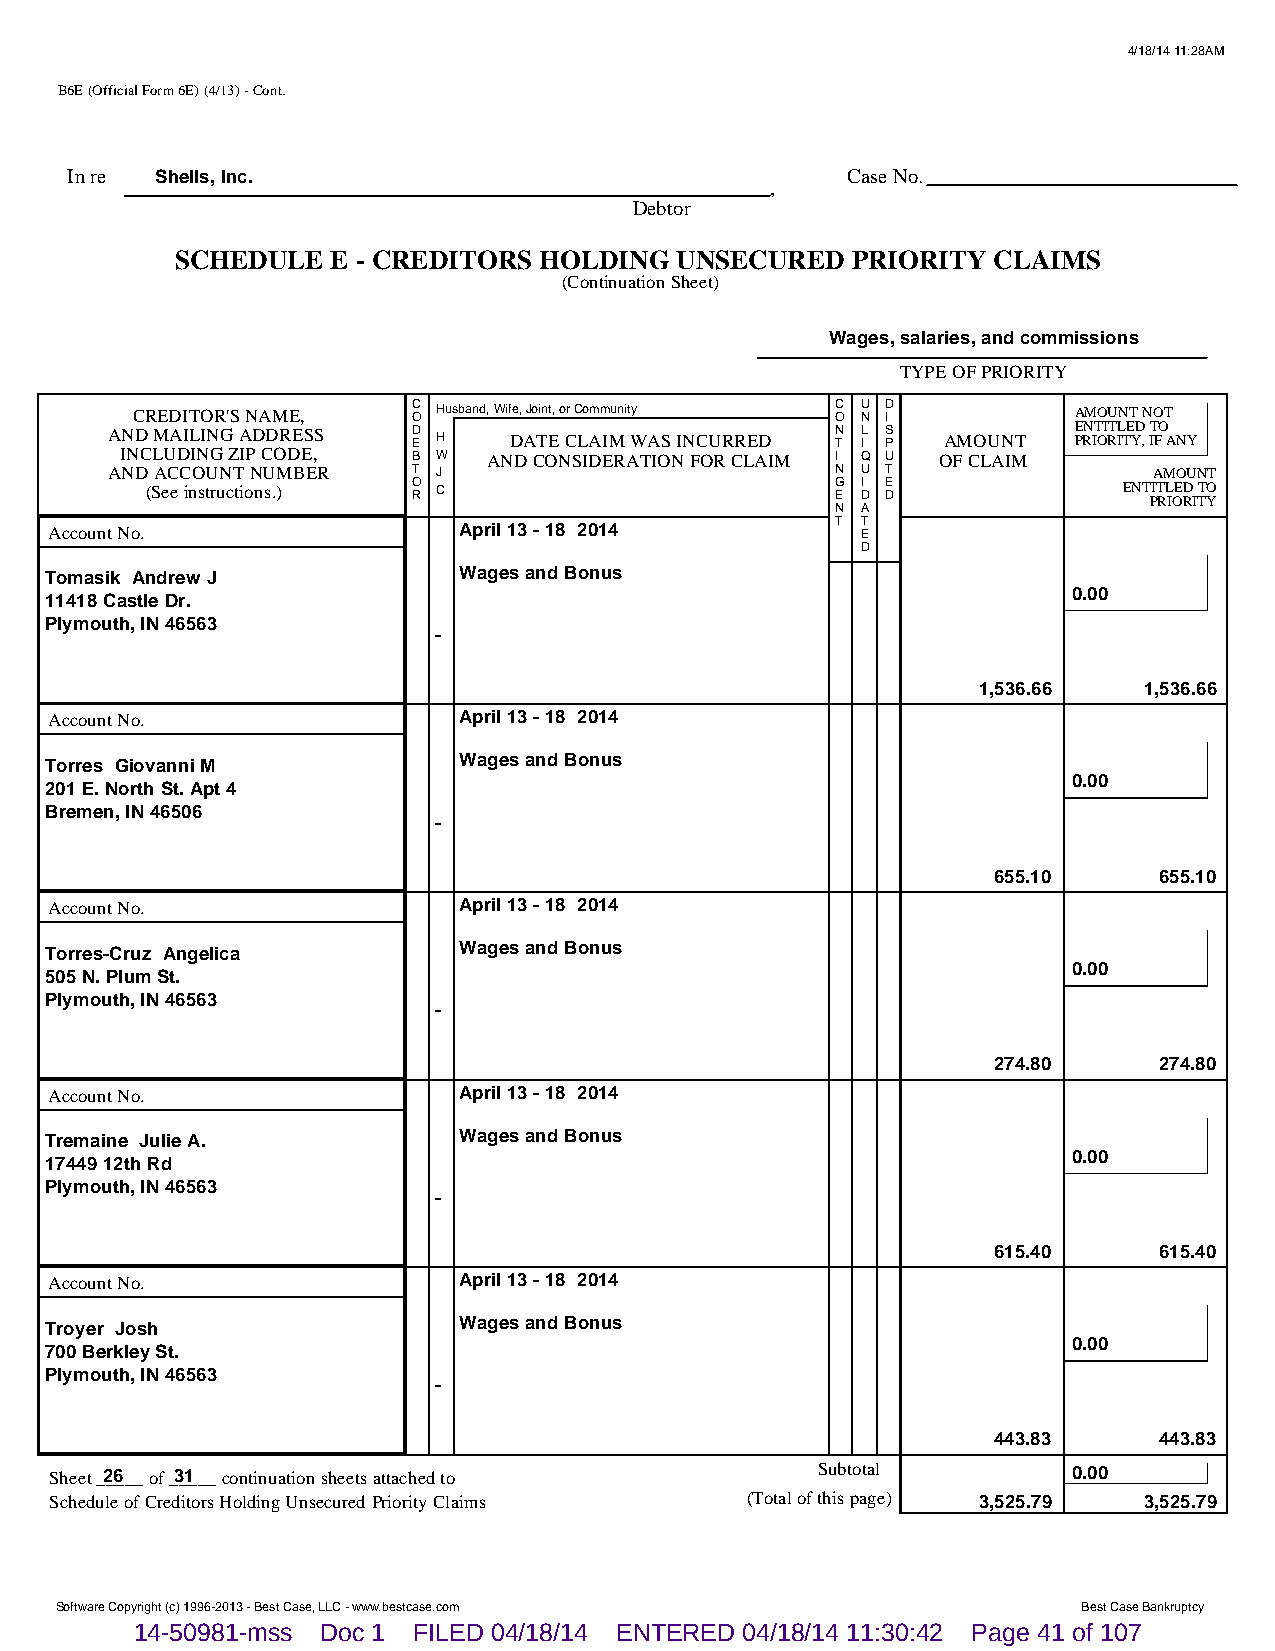
4/18/14 11:28AM
 B6E (Official Form 6E) (4/13) - Cont.
 In re Shells, Inc.                                  Case No.
 ,
 Debtor
 SCHEDULE  E - CREDITORS HOLDING  UNSECURED  PRIORITY  CLAIMS
 (Continuation Sheet)
 Wages, salaries, and commissions
 TYPE OF PRIORITY
 CREDITOR'S NAME,  C O Husband, Wife, Joint, or Community C O U N D I AMOUNT NOT
 AND MAILING ADDRESS D E H  DATE CLAIM WAS INCURRED N T L I S P AMOUNT E PRN IT OI RT IL TE YD , IT FO ANY
 INCLUDING ZIP CODE, B W AND CONSIDERATION FOR CLAIM I Q U OF CLAIM
 AND ACCOUNT NUMBER  T J                         N U T                AMOUNT
 (See instructions.) O R C                    G E I D E D        ENT PIT RL IOE RD I TT YO
 N A
 Account No.                April 13 - 18 2014       T T E
 D
 Tomasik Andrew J           Wages and Bonus
 0.00
 11418 Castle Dr.
 Plymouth, IN 46563
 -
 1,536.66   1,536.66
 Account No.                April 13 - 18 2014
 Torres Giovanni M          Wages and Bonus
 0.00
 201 E. North St. Apt 4
 Bremen, IN 46506
 -
 655.10     655.10
 Account No.                April 13 - 18 2014
 Torres-Cruz Angelica       Wages and Bonus
 0.00
 505 N. Plum St.
 Plymouth, IN 46563
 -
 274.80     274.80
 Account No.                April 13 - 18 2014
 Tremaine Julie A.          Wages and Bonus
 0.00
 17449 12th Rd
 Plymouth, IN 46563
 -
 615.40     615.40
 Account No.                April 13 - 18 2014
 Troyer Josh                Wages and Bonus
 0.00
 700 Berkley St.
 Plymouth, IN 46563
 -
 443.83     443.83
 Sheet _2_6___ of _3_1___ continuation sheets attached to Subtotal   0.00
 Schedule of Creditors Holding Unsecured Priority Claims (Total of this page) 3,525.79 3,525.79
 Software Copyright (c) 1996-2013 - Best Case, LLC - www.bestcase.com Best Case Bankruptcy
 14-50981-mss Doc 1 FILED 04/18/14 ENTERED 04/18/14 11:30:42 Page 41 of 107